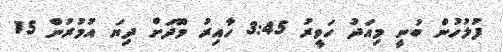
ފުލުހުން ބުނީ މިއަދު ހަވީރު 3:45 ހާއިރު މޫދަށް ދިޔަ އުމުރުން 15